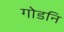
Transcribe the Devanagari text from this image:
गोडनि